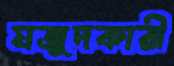
মজুদকারী